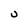
Character: U